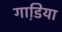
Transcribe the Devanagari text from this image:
गाडि़या